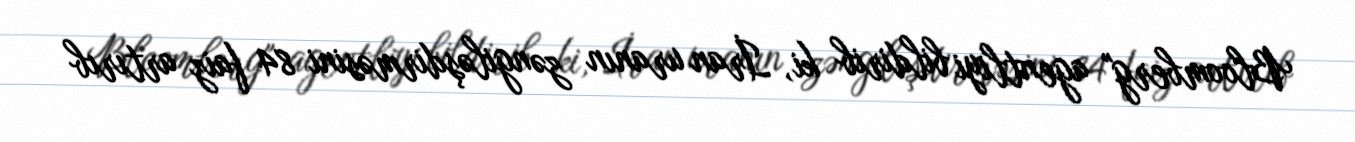
Bloomberg" agentliyi bildirib ki, İran uranın zəngiləşdirməsini 84 faiz artırıb